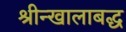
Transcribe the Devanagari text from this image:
श्रीन्खालाबद्ध